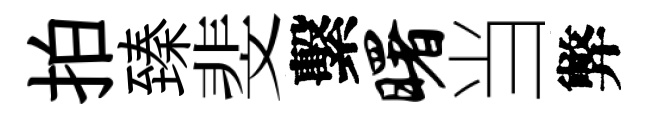
拍臻斐繫曙当弊